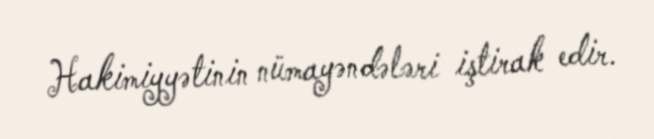
Hakimiyyətinin nümayəndələri iştirak edir.